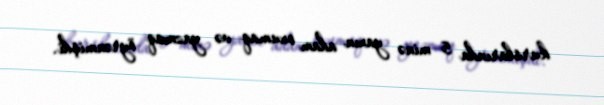
kurslarında 5 minə yaxın adam oxumaq və yazmaq öyrənmişdi.